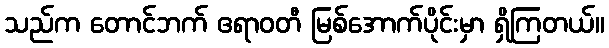
သည်က တောင်ဘက် ဧရာဝတီ မြစ်အောက်ပိုင်းမှာ ရှိကြတယ်။